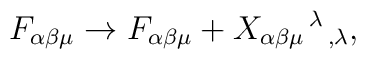
F_{\alpha\beta\mu}\rightarrow F_{\alpha\beta\mu} +X_{\alpha\beta\mu}{}^{\,\lambda}{}_{\,,\lambda},